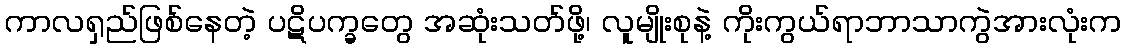
ကာလရှည်ဖြစ်နေတဲ့ ပဋိပက္ခတွေ အဆုံးသတ်ဖို့၊ လူမျိုးစုနဲ့ ကိုးကွယ်ရာဘာသာကွဲအားလုံးက